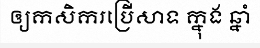
ឲ្យកសិករប្រើសាទ ក្នុង ឆ្នាំ